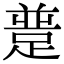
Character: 𨂝